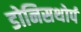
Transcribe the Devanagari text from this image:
डोनिसथोर्प